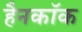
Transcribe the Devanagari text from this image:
हैनकाॅक